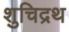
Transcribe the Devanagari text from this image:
शुचिद्रथ